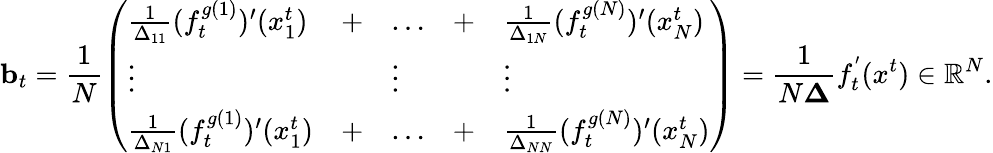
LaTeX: \boldsymbol{\mathrm{b}}_{t}=\frac{1}{N}\left(\begin{array}{lllll}{\frac{1}{\Delta_{11}}(f_{t}^{g(1)})^{\prime}(x_{1}^{t})}&{+}&{\ldots}&{+}&{\frac{1}{\Delta_{1N}}(f_{t}^{g(N)})^{\prime}(x_{N}^{t})}\\ {\vdots}&&{\vdots}&&{\vdots}\\ {\frac{1}{\Delta_{N1}}(f_{t}^{g(1)})^{\prime}(x_{1}^{t})}&{+}&{\ldots}&{+}&{\frac{1}{\Delta_{NN}}(f_{t}^{g(N)})^{\prime}(x_{N}^{t})}\end{array}\right)=\frac{1}{N\boldsymbol{\Delta}}f_{t}^{'}(x^{t})\in\mathbb{R}^{N}.